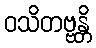
ဝသိတဗ္ဗန္တိ